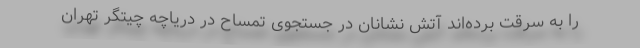
را به سرقت برده‌اند آتش نشانان در جستجوی تمساح در دریاچه چیتگر تهران